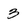
Character: 3